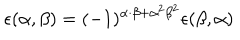
\epsilon ( \alpha , \beta ) = ( - 1 ) ^ { \alpha \cdot \beta + { \alpha } ^ { 2 } { \beta } ^ { 2 } } \epsilon ( \beta , \alpha )